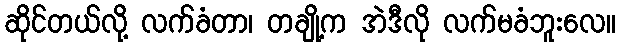
ဆိုင်တယ်လို့ လက်ခံတာ၊ တချို့က အဲဒီလို လက်မခံဘူးလေ။